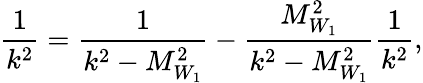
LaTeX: \frac{1}{k^{2}}=\frac{1}{k^{2}-M_{W_{1}}^{2}}-\frac{M_{W_{1}}^{2}}{k^{2}-M_{W_{1}}^{2}}\frac{1}{k^{2}},